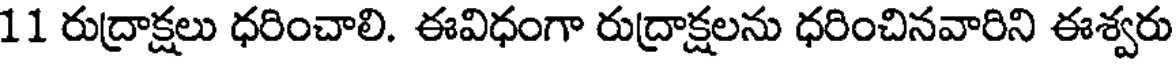
11 రుద్రాక్షలు ధరించాలి. ఈవిధంగా రుద్రాక్షలను ధరించినవారిని ఈశ్వరు